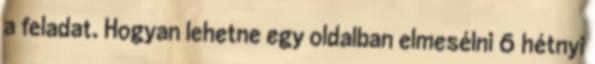
a feladat. Hogyan lehetne egy oldalban elmesélni 6 hétnyi